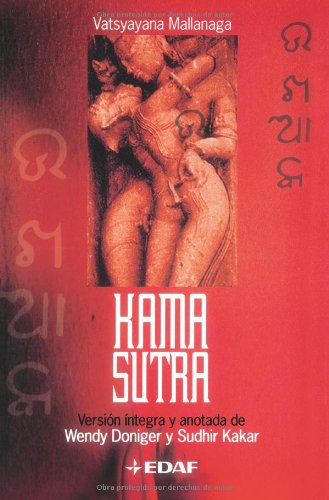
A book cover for KAMASUTRA (Arca de Sabiduria) (Spanish Edition); Vatsyayana Mallanaga; Religion & Spirituality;